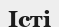
Істі